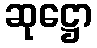
ဆုဋ္ဌော